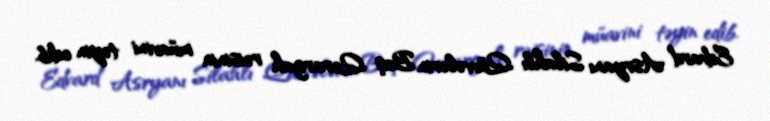
Edvard Asryanı Silahlı Qüvvələrin Baş Qərargah rəisinin müavini təyin edib.